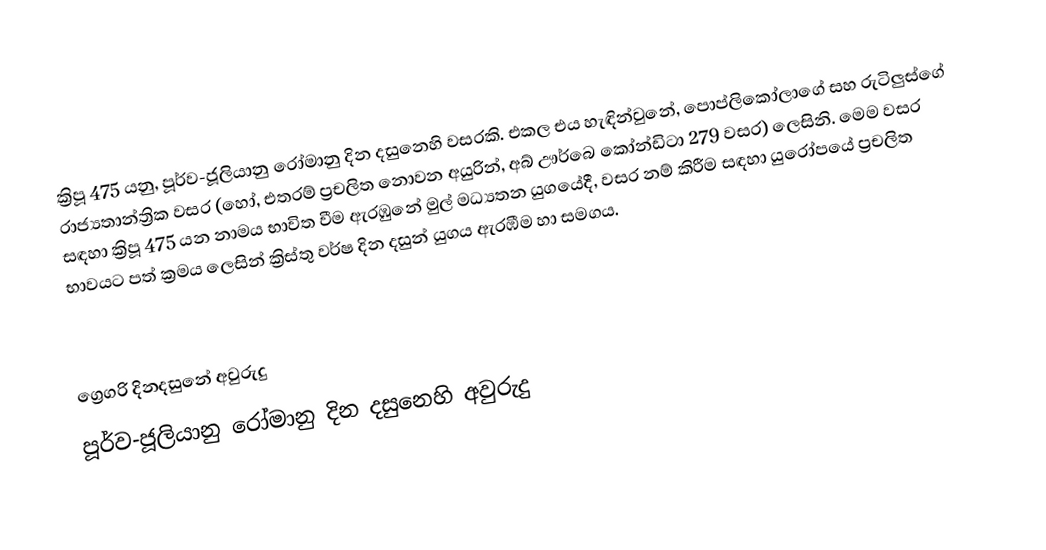

ක්‍රිපූ 475 යනු, පූර්ව-ජූලියානු රෝමානු දින දසුනෙහි වසරකි. එකල එය හැඳින්වුනේ, පොප්ලිකෝලාගේ සහ රුටිලුස්ගේ රාජ්‍යතාන්ත්‍රික වසර (හෝ, එතරම් ප්‍රචලිත නොවන අයුරින්, අබ් ඌර්බෙ කෝන්ඩිටා 279 වසර) ලෙසිනි. මෙම වසර සඳහා ක්‍රිපූ 475 යන නාමය භාවිත වීම ඇරඹුනේ මුල්  මධ්‍යතන යුගයේදී, වසර නම් කිරීම සඳහා යුරෝපයේ ප්‍රචලිත භාවයට පත් ක්‍රමය ලෙසින් ක්‍රිස්තු වර්ෂ දින දසුන් යුගය ඇරඹීම හා සමගය.

ග්‍රෙගරි දිනදසුනේ අවුරුදු
පූර්ව-ජූලියානු රෝමානු දින දසුනෙහි අවුරුදු